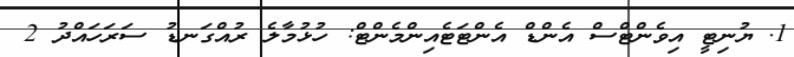
1. ޔުނިޓީ އިވެންޓްސް އެންޑް އެންޓަޓެއިންމެންޓް: ހުޅުމާލެ ރުއްގަނޑު ސަރަހައްދު 2